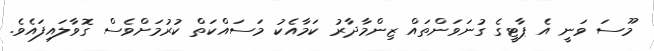
މޫސަ ވަނީ އެ ޕާޓީގެ ގުނަވަންތައް ޒިންމާދާރު ކަމާއެކު މަސައްކަތް ކުރުމަށްވެސް ގޮވާލައިފައެވެ.